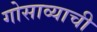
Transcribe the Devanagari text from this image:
गोसाव्याची